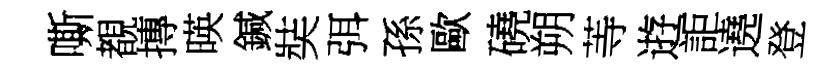
嘶覩摶暎鍼奘弭孫歐磽朔䓁逰詎遶登